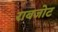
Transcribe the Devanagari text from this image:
राबजोट